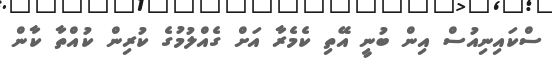
ސްކައިނިއުސް އިން ބުނީ އޭތި ކެމެރާ އަށް ގެއްލުމުގެ ކުރިން ކުއްތާ ކާން